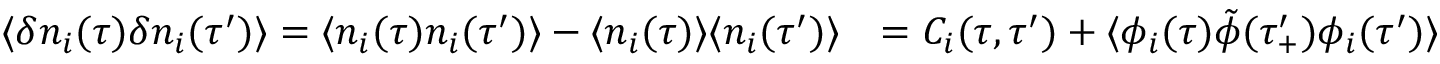
\begin{array} { r l } { \langle \delta n _ { i } ( \tau ) \delta n _ { i } ( \tau ^ { \prime } ) \rangle = \langle n _ { i } ( \tau ) n _ { i } ( \tau ^ { \prime } ) \rangle - \langle n _ { i } ( \tau ) \rangle \langle n _ { i } ( \tau ^ { \prime } ) \rangle } & { = C _ { i } ( \tau , \tau ^ { \prime } ) + \langle \phi _ { i } ( \tau ) \tilde { \phi } ( \tau _ { + } ^ { \prime } ) \phi _ { i } ( \tau ^ { \prime } ) \rangle } \end{array}